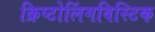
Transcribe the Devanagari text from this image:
क्रिप्टोलिंगविस्टिक